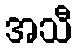
အသီ